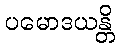
ပမောဒယန္တိ